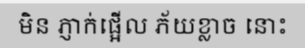
មិន ភ្ញាក់ផ្អើល ភ័យខ្លាច នោះ